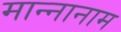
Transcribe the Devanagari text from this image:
मान्नानाम